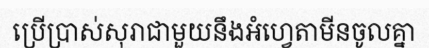
ប្រើប្រាស់សុរាជាមួយនឹងអំហ្វេតាមីនចូលគ្នា